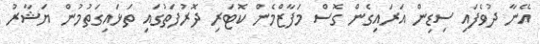
އޭނާ ދުވެފައި ސިޑިން އަރައިގެން ގޮސް މަފާޒްމެން ކޮޓަރި ދޮރުފަތުގައި ތަޅައިގަތުމުން ޔަޝާރު